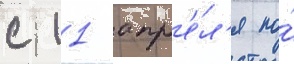
с 11 апр'е́л'я по́